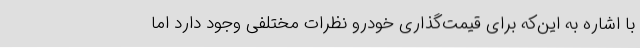
با اشاره به این‌که برای قیمت‌گذاری خودرو نظرات مختلفی وجود دارد اما